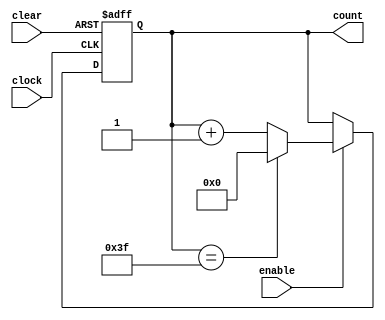
////////////////////////////////////////////////////////////////////////////////
// Version:     1
// Description: 6-bit counter with enable and clear
////////////////////////////////////////////////////////////////////////////////

`timescale 1ns/100ps

module counter6bit_cgrundey(clock, clear, enable, count);
	input        clock;
	input        clear;
	input        enable;
	output [5:0] count;
	reg    [5:0] count;

	parameter CLRDEL = 10;
	parameter CLKDEL = 15;
	parameter MAXVAL = 6'd63;
	always @(posedge clock or posedge clear) begin
		if(clear)
			count <= #CLRDEL 6'b0;
		else if(enable) begin
			if(count == MAXVAL)
				count <= #CLKDEL 6'b0;
			else
				count <= #CLKDEL count + 6'd1;
		end
	end

endmodule